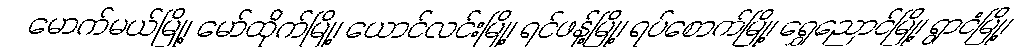
မောက်မယ်မြို့၊ မော်ထိုက်မြို့၊ ယောင်လင်းမြို့၊ ရင်ဖန့်မြို့၊ ရပ်စောက်မြို့၊ ရွှေညောင်မြို့၊ ရွာငံမြို့၊